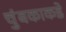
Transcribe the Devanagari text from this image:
चुंबकाकडे